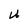
Character: U